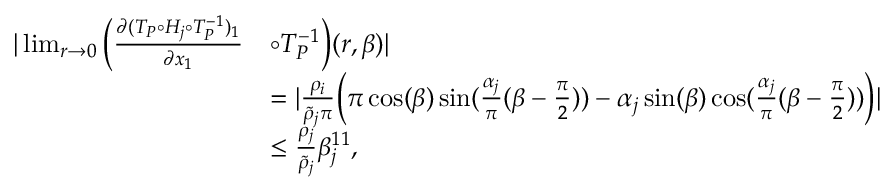
\begin{array} { r l } { | \operatorname* { l i m } _ { r \to 0 } \Big ( \frac { \partial ( T _ { P } \circ H _ { j } \circ T _ { P } ^ { - 1 } ) _ { 1 } } { \partial x _ { 1 } } } & { \circ T _ { P } ^ { - 1 } \Big ) ( r , \beta ) | } \\ & { = | \frac { \rho _ { i } } { \tilde { \rho } _ { j } \pi } \Big ( \pi \cos ( \beta ) \sin ( \frac { \alpha _ { j } } { \pi } ( \beta - \frac { \pi } { 2 } ) ) - \alpha _ { j } \sin ( \beta ) \cos ( \frac { \alpha _ { j } } { \pi } ( \beta - \frac { \pi } { 2 } ) ) \Big ) | } \\ & { \le \frac { \rho _ { j } } { \tilde { \rho } _ { j } } \beta _ { j } ^ { 1 1 } , } \end{array}